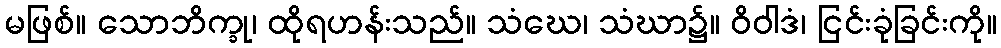
မဖြစ်။ သောဘိက္ခု၊ ထိုရဟန်းသည်။ သံဃေ၊ သံဃာ၌။ ဝိဝါဒံ၊ ငြင်းခုံခြင်းကို။